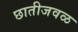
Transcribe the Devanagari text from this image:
छातीजवळ